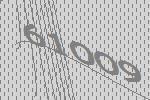
61009